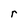
Character: r